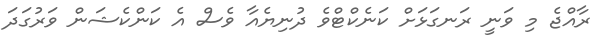
ރާއްޖެ މި ވަނީ ރަނގަޅަށް ކަނެކްޓްވެ ދުނިޔެއާ ވެސް އެ ކަންކެޝަން ވަރުގަދަ